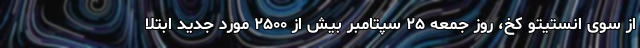
از سوی انستیتو کخ، روز جمعه ۲۵ سپتامبر بیش از ۲۵۰۰ مورد جدید ابتلا